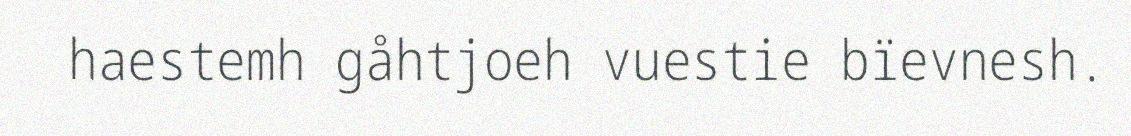
haestemh gåhtjoeh vuestie bïevnesh.